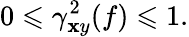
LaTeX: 0\leqslant\gamma_{\mathbf{x}y}^{2}(f)\leqslant1.